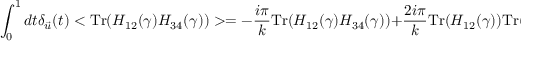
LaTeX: \int _ { 0 } ^ { 1 } d t \delta _ { \vec { u } } ( t ) < \mathrm { T r } ( H _ { 1 2 } ( \gamma ) H _ { 3 4 } ( \gamma ) ) > = - { \frac { i \pi } { k } } \mathrm { T r } ( H _ { 1 2 } ( \gamma ) H _ { 3 4 } ( \gamma ) ) + { \frac { 2 i \pi } { k } } \mathrm { T r } ( H _ { 1 2 } ( \gamma ) ) \mathrm { T r } ( H _ { 3 4 } ( \gamma ) )